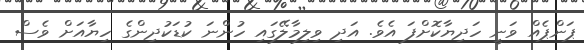
ޕަންޕެއް ވަނީ ހަދިޔާކޮށްފަ އެވެ. އަދި ވިލިމާލޭގައި ހުންނަ ކުޑަކުދިންގެ ހިޔާއަށް ވެސް